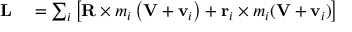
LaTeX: \begin{array} { r l } { \mathbf { L } } & { { } = \sum _ { i } \left[ \mathbf { R } \times m _ { i } \left( \mathbf { V } + \mathbf { v } _ { i } \right) + \mathbf { r } _ { i } \times m _ { i } ( \mathbf { V } + \mathbf { v } _ { i } ) \right] } \end{array}